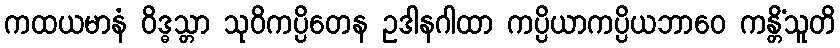
ကထယမာနံ ဝိဒ္ဓသ္တာ သုဝိကပ္ပိတေန ဥဒါနဂါထာ ကပ္ပိယာကပ္ပိယဘာဝေ ကန္တိံသူတိ